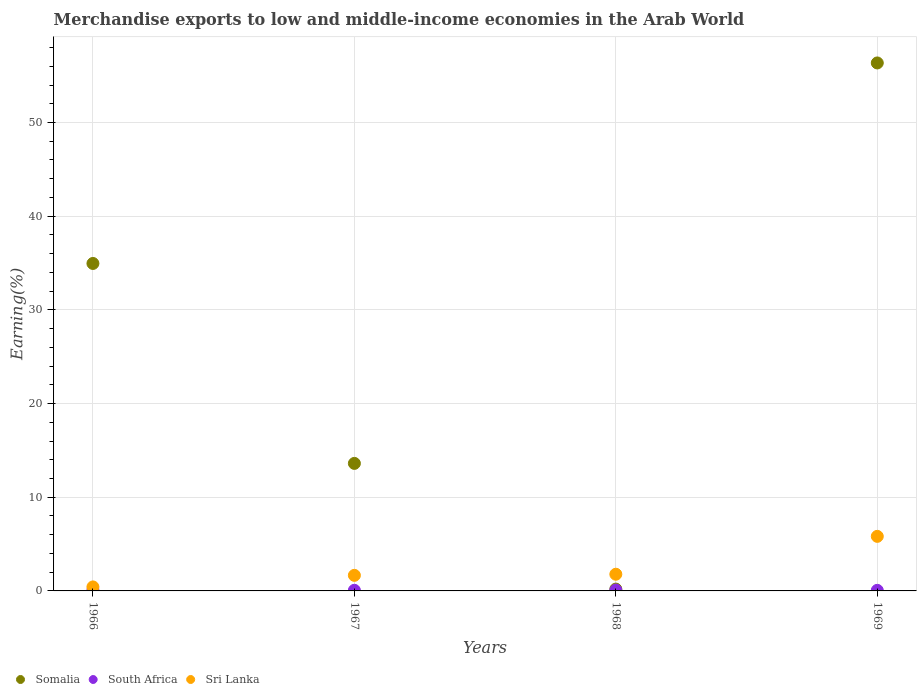
| Years | Somalia | South Africa | Sri Lanka |
 | --- | --- | --- | --- |
 | 1966 | 35 | 0.0812 | 0.426 |
 | 1967 | 13.6 | 0.0674 | 1.66 |
 | 1968 | 0.195 | 0.0931 | 1.78 |
 | 1969 | 56.4 | 0.0624 | 5.82 |